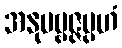
အနုပဗ္ဗဇ္ဇမ္ပဟံ